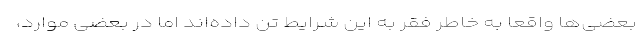
بعضی‌ها واقعا به خاطر فقر به این شرایط تن داده‌اند اما در بعضی موارد،